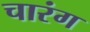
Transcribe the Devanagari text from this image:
चारंग